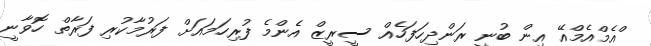
ްއެމްއެމްއޭ އިން ބުނީ ރަންދިހަފަހެއް ސީރީޒް އެންމެ ފުރިހަމައަށް ފަރުމާކުރި ފަރާތް ހޮވާނީ